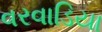
વરવાડિયા